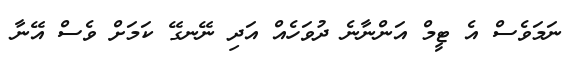
ނަމަވެސް އެ ޓީމް އަންނާނެ ދުވަހެއް އަދި ނޭނގޭ ކަމަށް ވެސް އޭނާ